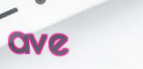
ave